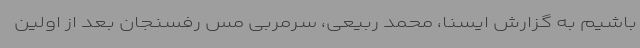
باشیم به گزارش ایسنا، محمد ربیعی، سرمربی مس رفسنجان بعد از اولین